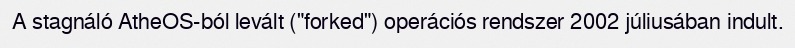
A stagnáló AtheOS-ból levált ("forked") operációs rendszer 2002 júliusában indult.